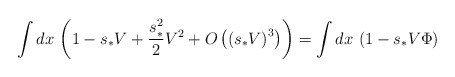
\begin{align*}\int dx\,\left( 1-s_{\ast }V +\frac{s_{\ast }^{2}}{2}V^{2} +O\left( \left(s_{\ast}V\right)^{3}\right) \right) =\int dx\,\left( 1-s_{\ast }V\Phi\right)\end{align*}